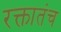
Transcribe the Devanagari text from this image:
रक्तातंच